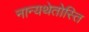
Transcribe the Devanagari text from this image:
नान्यथेतोस्ति